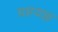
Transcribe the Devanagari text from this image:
ग्रहयज्ञ